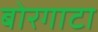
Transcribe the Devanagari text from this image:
बोरगाटा